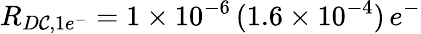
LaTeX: R_{D\mathcal{C},1e^{-}}=1\times10^{-6}\, (1.6\times10^{-4})\, e^{-}